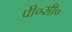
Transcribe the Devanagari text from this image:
पी०सी०